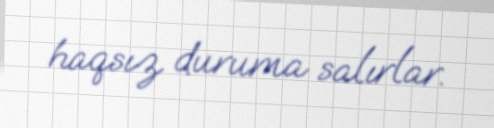
haqsız duruma salırlar.